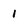
Character: 1